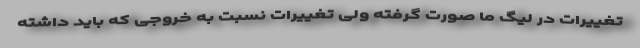
تغییرات در لیگ ما صورت گرفته ولی تغییرات نسبت به خروجی که باید داشته